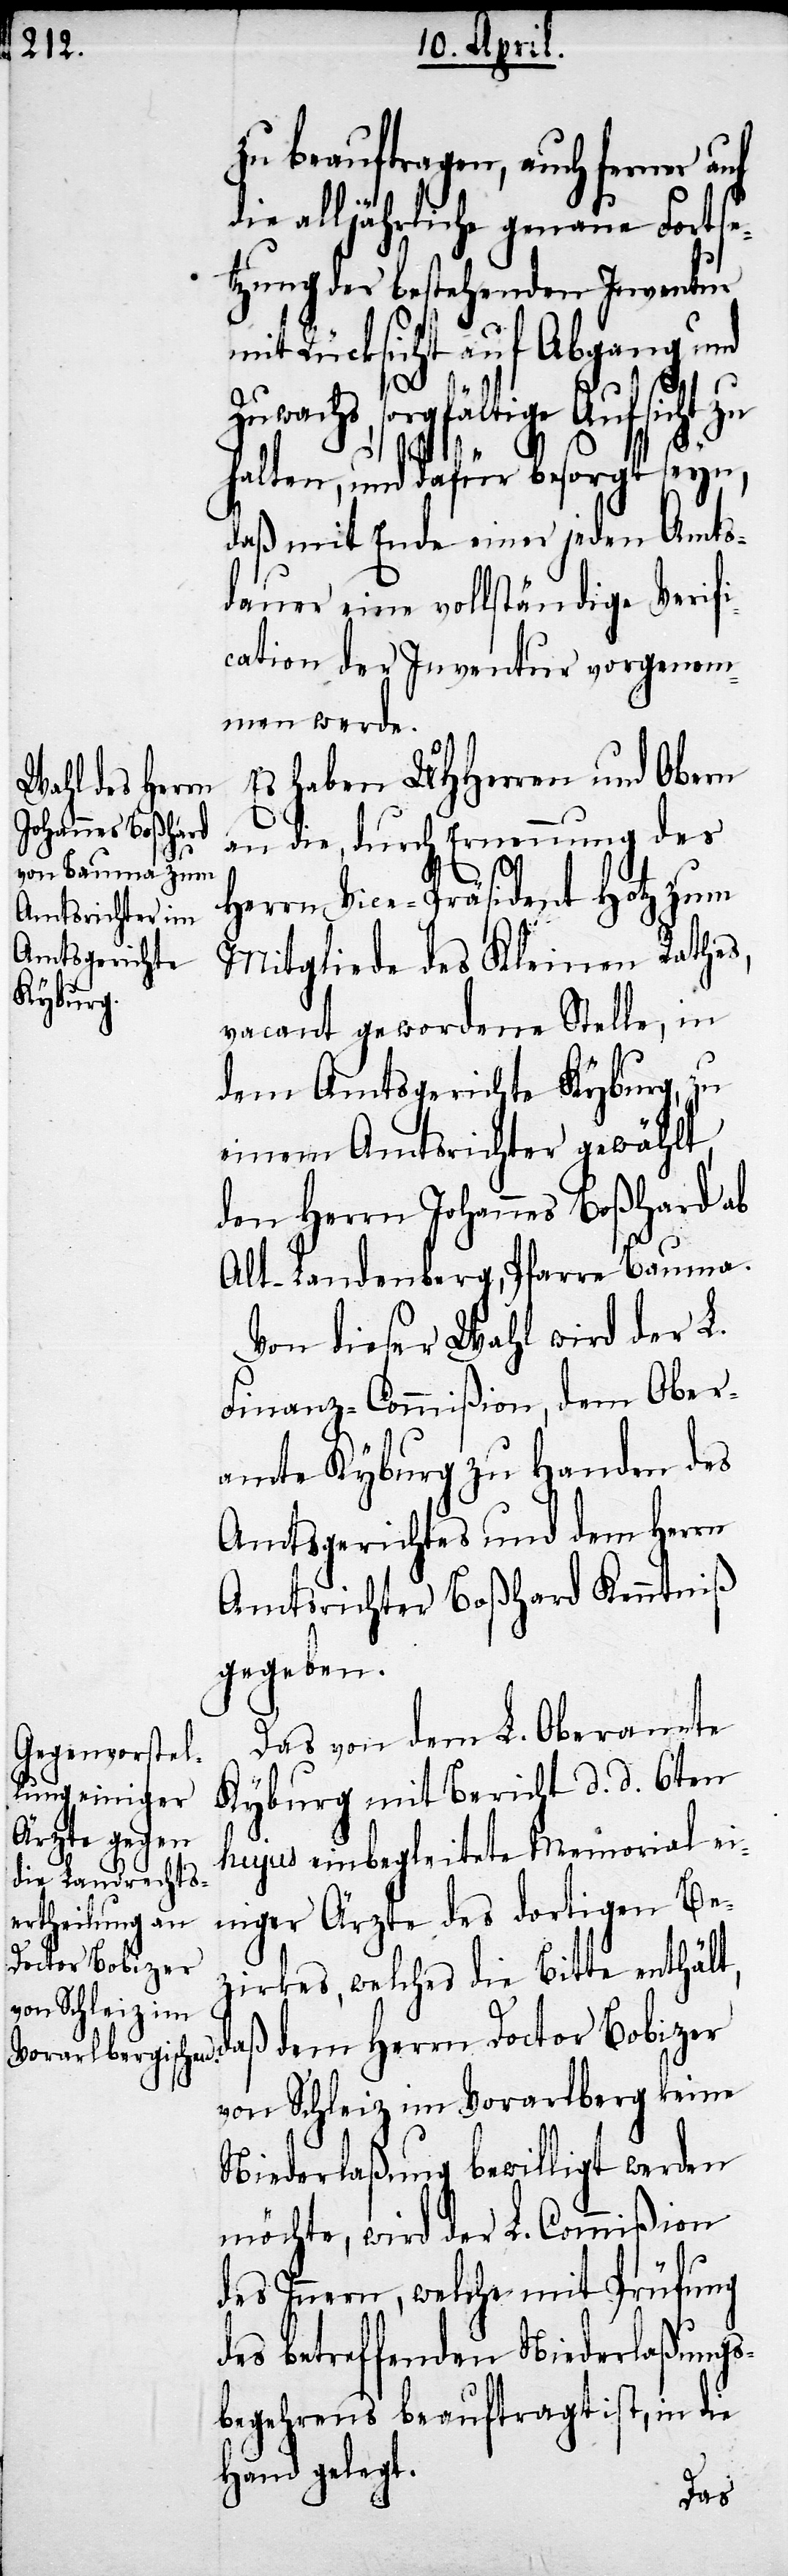
zu beauftragen, auch ferner auf
die alljährliche genaue Fortse¬
tzung der bestehenden Inventur
mit Rücksicht auf Abgang und
Zuwachs, sorgfältige Aufsicht zu
halten, und dafür besorgt seyn,
daß mit Ende einer jeden Amts¬
dauer eine vollständige Verifi¬
cation der Inventur vorgenom¬
men werde.
Es haben UHHerren und Obern
an die, durch Ernennung des
Herrn Vice-Präsident Hotz zum
Mitgliede des Kleinen Rathes,
vacant gewordene Stelle, in
dem Amtsgerichte Kyburg, zu
einem Amtsrichter gewählt,
den Herrn Johannes Boßhard ab
Alt-Landenberg, Pfarre Bauma.
Von dieser Wahl wird der L.
Finanz-Commißion, dem Ober¬
amte Kyburg zu Handen des
Amtsgerichtes und dem Herrn
Amtsrichter Boßhard Kenntniß
gegeben.
Das von dem L. Oberamte
Kyburg mit Bericht d. d. 6ten
hujus einbegleitete Memorial ei¬
niger Ärzte des dortigen Be¬
zirkes, welches die Bitte enthält,
aß dem Herrn Doctor Bobizer
von Schleiz im Vorarlberg keine
Niederlaßung bewilligt werden
möchte, wird der L. Commißion
des Innern, welche mit Prüfung
des betreffenden Niederlaßungs¬
begehrens beauftragt ist, in die
Hand gelegt.
d¬